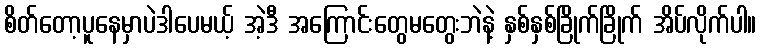
စိတ်တော့ပူနေမှာပဲဒါပေမယ့် အဲ့ဒီ အကြောင်းတွေမတွေးဘဲနဲ့ နှစ်နှစ်ခြိုက်ခြိုက် အိပ်လိုက်ပါ။